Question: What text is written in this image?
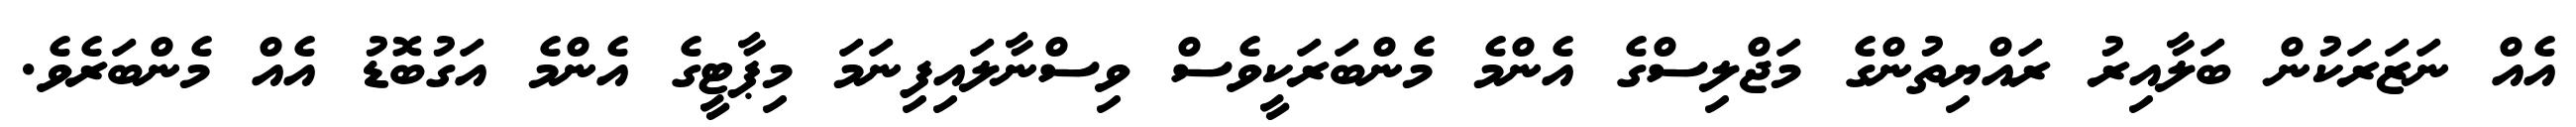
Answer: އެއް ނަޒަރަކުން ބަލާއިރު ރައްޔިތުންގެ މަޖްލިސްގެ އެންމެ މެންބަރަކީވެސް ވިސްނާލައިފިނަމަ މިޕާޓީގެ އެންމެ އަގުބޮޑު އެއް މެންބަރެވެ.